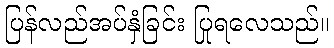
ပြန်လည်အပ်နှံခြင်း ပြုရလေသည်။